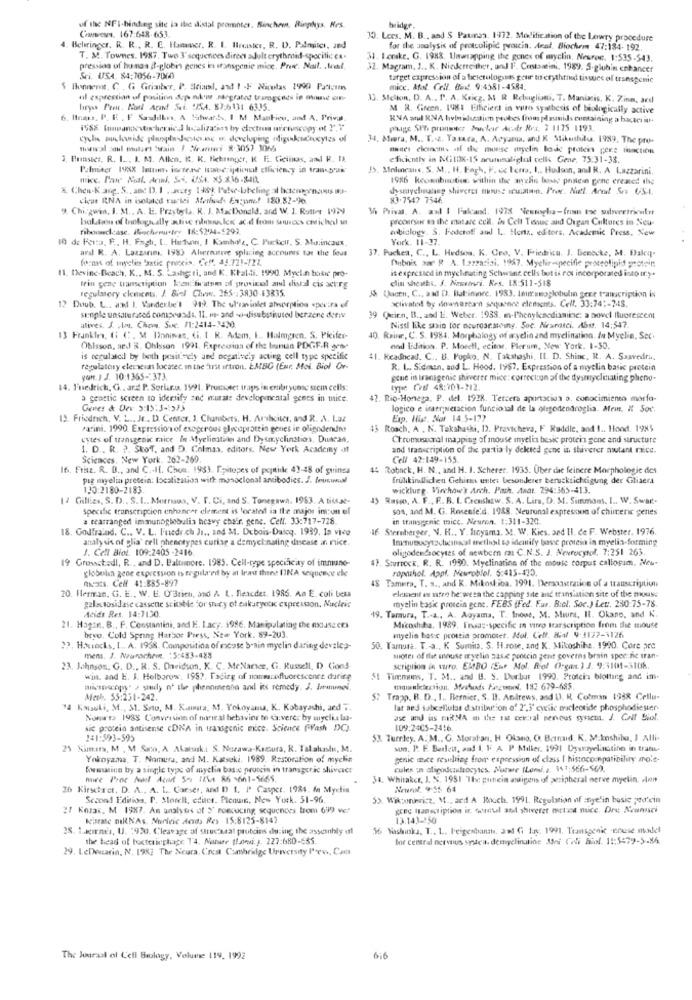
of the NFI-binding site in the distal promoter. Bischen. Biophys. Res.
bridge.
Canseesms. 167:648-653
30. Lees. M. B ., and $ Patmas. 1972. Modification of the Lowry procedure
4. Behringer. R. R ., R. C. Hammer. R. I. Ilraster, R. D. Paniich, and
for the analysis of protcolipic proutin. Acat. Biochem 47:184- 192
T. M. Townes. 19987. Two 3'sequences direct >Jult erythrsid-specific ex-
31. Ferske. G. 1988. Unwrapping the gones of myclin, Neuron. 1:535-543.
pression of hamas a-globin genes in transgenic mice, Pret. Nail. . Wal,
32. Macram, J .. K. Niederreither, und F. Costantini, 1989. 5-globin enhancer
Sri. USA. 84:7056-7060
target expression of a beterologias geur to erythrned tissues of transgenic
$ Bonnenot. C . G Grimber, P. Srial, ast 1 -F Nicolas 1990 Pattzumn
mice. Mol. Cell. Bud. 9:4581-4584.
ul expression of position dop naome sargrated tramponds is mine on-
33. Stelton, D. A .. P. A. Keicg. M R Rebaglioni. T. Maniais, K. Zinm, ard
bry Prent. Hoel Apand Set. CASA. 87:6131 6335.
M R. Green. 1981 Ethiciert in vitro synthesis of biologically active
. Hoass, P. E . F Sandales, A Stwards, 1 M ManFico, and A. Prival
KVA al RNA byliducation probes from påraids cuessining a backes int
phage Sthe pronmeter frucher Acar Res, 3 1175 1193.
34. Miera, M .. T .- 2. Yasaca, A. Aryarua, and K Mikushuile. 1989. The pro-
thiwal soul mulars Strain I "Warumi & 3057 3066
menes clcincis af the mouse myelin Bodd protein pere fonction
2. Bunstes, R. I ... I. M. Allen, K. K. Hekringer, K F .. Gelinas, and R. I
eficiently in NGIDK-15 arurusolielul cells Gene, 75:31-33.
Palmaer 19%X letton, intense hume; iptional efficiency in transran"
35, Mlnlineans, S. M ., H. Engh, P. ex Tents, I .. Hudson, and R. A Lazzarini.
1986 Keownbioties. within the arychu base posten gene created the
X. Chen-K.asp. S .. and D. I . Joey 148]. Poke-bbeling al boemorais #3.
dysmyelitey shivetet must truiatan. Proc. Nul. Arndt Ses US.A.
ciest RNA in isobaed rustei Merlu Entunef 180.82-70.
83.7547 7546
Chi-gwin, I. M .. A. E. Przybyla. R. J. MacDonald, and W. 1. Rotter 19)2
3h Privat, A. and I Falcand. 1978 Newsophia-from toe salwertrisalat
Isolation of tologreally aulive niuwalert ac d from sources cosichel un
prooursur en the matare cell. in Celt Tissue aund Ougan Cultures in Neu-
ribonasckcase. Blocherutre 18:5294-$299
cobiology. S. Podcrof and L .. Hertz. editors, Academic Press, New
10 de Feita, F ., H. Fagh, L ., Haton, 1 Kamholz, C. Puckicir, S. Maincaux
York. 11-17.
and R. A. Lazzarini, 1983 Alıerenve splacing accounts tor the four
37. Puckea, C ., L. Hedsos, K. Cro, V. Friedricu, J. Benecke, M. Bakcy-
forms of inyelins 'satic praxis. Ceff. 41.721-721.
Dubois aoe R .A. 1.327asial. 1957. Myelin-specific proteolipid protein
11. Devine-Beach, K ., M. S. Lashgeri, and K. Ktaldi. 1990. Myelin basic pro-
is expressed in myelinating Selwane cells but is ros incorporated isto ur.y.
clin sheaths. S. Nessavi. Res. 18:511-518
regulatory clements. J. Biel Chwww. 265 .: 3830-43835.
fein gene transcription bonificatom of provicol aml distal cis sehrg
Vucen, C ., aad D). Bal:ininre, 1983. 1mismoglobulin gere taincription is
aclivatel by downartan sequence elements. Cell. 33:74 :- 248.
12 Doub. L .. and I. Vanderbe'1 919. The ul'ravinlet absorption sporira of
simple unsaturated comseusds. 11. ms- and -)-disubstituted berzene derive
39 Quien, B ., and 1 :. Weber. 1938. m-Phenylenediamine: a novel Ituerescent
alives. J. Am. Chov. Soc. 11:2414-3430.
Nissi like sin for ocurosracing. Soc. Miranasci. Aber. 14:547.
13 Frankie, (: ( :, M Boninas, (i. I R. Adem, I. Holmgren. S. Picifer-
40. Rainr, C. S. 1984. Morphology of aryelio and myelination. In Myelin, Sec.
Ohlsson, and R. Ohlsson 1991. Expression of the bunun PDCF.R gene
ond Edition. P. Morell, ecitor, Plerum, New York. 1-50.
is regulated by both positively and negatively acting cell type specific
41. Readhead. C .. B. Popko, N. Takahashi, Il. D. Shine, R. A. Saavedra.
regulatory elerievas locaset in the first ertron, EMBO (Eur. Mol Biol Or-
R. L .. Sidman, sad L. Hood, 1957. Expression of a myclin basic protein
Yor. J J. 10:1365 -: 373.
gine in transgenic shiverer mice: correction of the dysmycliniating pheno-
14. Tuedrich, G .. ard P. Seriar.o. 1991. Prunuset traps in embryunac stem cells:
type Craf 48:701-212.
a geattic screen to identify and murate developmental genes in mice.
42. Rio-Honega. P. del. 1928. Tercera aportacios 3. conocimiento morfo-
Genes & Dev 3:15:3-1575
logico e inserweracion funcional de la oligodendroglia. Mrmn. I Soc.
13. Friedrich, V. L .. Je .. D. Center. 1. Chambers, H. Arbeiter, and R. A. Laz
Exp. His. Slar 14.5-177
Parini. 1990. Expression of exogcrous glycoprotein genes ie oligndendns
43 Roach, A . N. Takahashi, D). Pravicheva, F Ruddle, and 1 .. Hood. 19985
cytes of transgenic mice In Myelinstate and Dysmyclinstios, Duncan,
Chromosocral mapping of mouse myelin besic protein gene and structure
1. D ., R. ?. SkoT, and D. Colman, editors. New York Academy of
and transcription of the partia ly deleted gone in shaverer mutant rece.
Sciences, New York. 262-269.
Cell 42:149-155
16. Fritz. R. D ., and C .. I. Chou, 1983. Iyitopes of popstide 43-48 of guinea
45 Roback, H. N ., and H. 1. Scherer. 1935. Über die feinere Morphologie des
pra myelin pretein: localization with monoclonal antibodies. J. leurwool
frulkindlichen Gehirn unte: besonderer berucktichtigung der Giliaera
130:2180-2183
wicklung Virchow'} Arch. Pack. Andr. 294:365-413.
14 Gillies, S. D ., S.L .. Morrisua, V. T. Ci, and S. Tonegawh, 1983. A tissa-
45 Rosso, A. F ., F. B. I. Crenshaw. S. A. Lira, O. M. Simmons, I .. W. Swar .-
specific transcription enhancer clement is located ia the major inton el
sos, and M. G. Rosenfe'd. 1988. Neuronal expression of chiirenic genes
a rearranged immunoglobulia heavy chair, gene. Cell. 33:717-728
in transgenic mice. Neuron. 1:311-320.
18. Godfraind. C .. V. L. Fuedr ch Ji ., and M. Dubois.Daloq. 1989. In vicg
If Sternberger, N. H ., Y. Itoyama. M. W. Kies, aed Il. de F. Webster. 1976.
analysis of glia" cell phenotypes curiae a demyel-nating disease in nice.
Immunocytocheinkcal metlen to identify basse protein in myelin-forming
1. Cell Biol 109:2405 -2416
oligodendrocytes of newbern mas C.N.S. J. Nevrocytol, 7:251 265.
19 Grossctedl, R .. and D. Baltimore. 1985. Cell-type specificity of immune-
47. Sturrock. R. R. 1990. Myelination of the mouse corpus callosum. Mc-
globolsa gene expression is erguila'eil by an Irast thens DINA seigocece ele
ropathol. Appl. Meuroblol. 5:415-473.
mats. Celf 41:885-897
48 Tamera, T. a ., and K. Mikostica. 1991. Derscastration of a transcription
20. Herman, G. E ., W. U. O'Brien, and A L. Beacdet. 1986. Aa E. coli besa
element es intro he wesa the capping site and translation site of the mouse
myelin basic protein gene. FEBS (Fed. Far. Biol. Soc.) Let :. 280:75-78.
gala tosidase cassette scicable for snicy of eukaryote expression, Nucleic
Acids Res. 14:7130.
19. Taraura, T .- a, A. Aoyama, T. Inowe, M. Mira, Il. Okano, and K.
21. Hagin. B ., F. Constantini, and H. I.acy. 1986. Manipulating the nxNuSE CES
Micoshiha, 1989. Ensas-specific in vitro transcription from the mouse
hryo. Cold Spring Harbor Press, New York. 89-203.
myelia base prottia promotet. Mal. Cell. 8:4 9-1177-1126
22. Howiocks, I .. A. 1958. Composition of moose brain myelin daring develop-
50. Tamura. T.a ., K Sumita. S. H.rose, and K. Mikoshiha. 1990. Core arc
mem. J. Nurochem. : 5:453-488
shore of fler snouse cryelin 3334 pooccio gent governs brain spec.ne tran-
23. Johnson, G. D ., R. S. Oneidion. K. C. MeNanice, G. Russell, D Gond
scription & suro. EMBO (Eur Mol. R.of Organ. ). J. 9:3101-3108.
win. and E. J. Holborow, 198 ?. Tadizg of nonmanofluorescente durire
5! Timmons, T. M .. and B. S. Durbar 1999. Proteins blotting and im-
microscopy" > surly of the phenomenha and ins remedy. J. Joanel.
Mesh. 55:231-242.
57 Trapp. B. D ., 1 ., Bernier, S. l. Andrews, and \). H, Colmin 1988 Cellu-
"4 Kasuli, M ., 31. Setu, M. Kamura, M. Yokoyama, K. Kobayashi, ard ..
lat ses subcellular distribution of 2",3' ewiic eracleotide phosphodiester-
Nomars 1938 Conversion of norral hehaving to a:verer by uryclis las-
ase ad is ERRNA - the rat central nenous syricta. J. Call Siof.
sie protein antisense cDNA in tangenic mice. Science flash DC).
109:2405-2416.
141:593-595
53. Tuerley. A. M ., G. Moratan. H Olano. O. Barnaid, K. M.Inshiba, I Alli.
25 Kimar, M , M Saco, A Akarsarka S. Norawa-Keztura, R. Takahasłu, M.
sun. P. F. Buriett, and I. F A P Miller. 1991 Dystryelinctino in trafite
Yokoyama. T. Nomura, and M. Katseki, 1989. Restoration of myclin
genic mice resulting from expression of class I histocompatibility mois-
Swissinn by a single type of myelin basse proocin in transgcric shiverer
nie P'ine Mail Act 5-1 1754 86 361-5665.
34. Whitaker, 1. X. 1981 The gutein assigens of peripheral nerve myelin. . on
26 Kirschret, D. A ., A. L .. Carser, and D L. P Caspct. 1984. fe Myelin
Second Edition, D. Storelt, editer. Plenuit, New York. 51-96.
5x Wik:nwicz, M ., ard A Rooch. 1991. Regulamin of :niye'in basic zwar'cin
27 Kozar, M 1987. An analysis at S' romcucing sequences brom 699 ve
gcec Hanscription ir. oounul and shiveret motica nice. Drv Nennasci
Karate miRNAs. Nucleic Acids Res 15:8125-8147
13.143-250
28. Lacornis, U. : 930. Cleavage of structural protcine du ing the assembly ul
56 Yashinka. T ., L. Peigentums, and Gi tay. 1991. Transgenic enese model
the head of bactericphage T4. Nanur (howww.) 227:680-685.
for central nervous systea. demyelinutine Mi CANi Bil. 11:5479-5.86
29. LeDecarin, N. 1987 The Scura. Crest Cambridge University Press, Cama
The Jouraal of Cell Biology, Volume 119, 1992
616